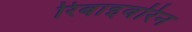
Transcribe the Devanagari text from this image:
रिबाइवरिन